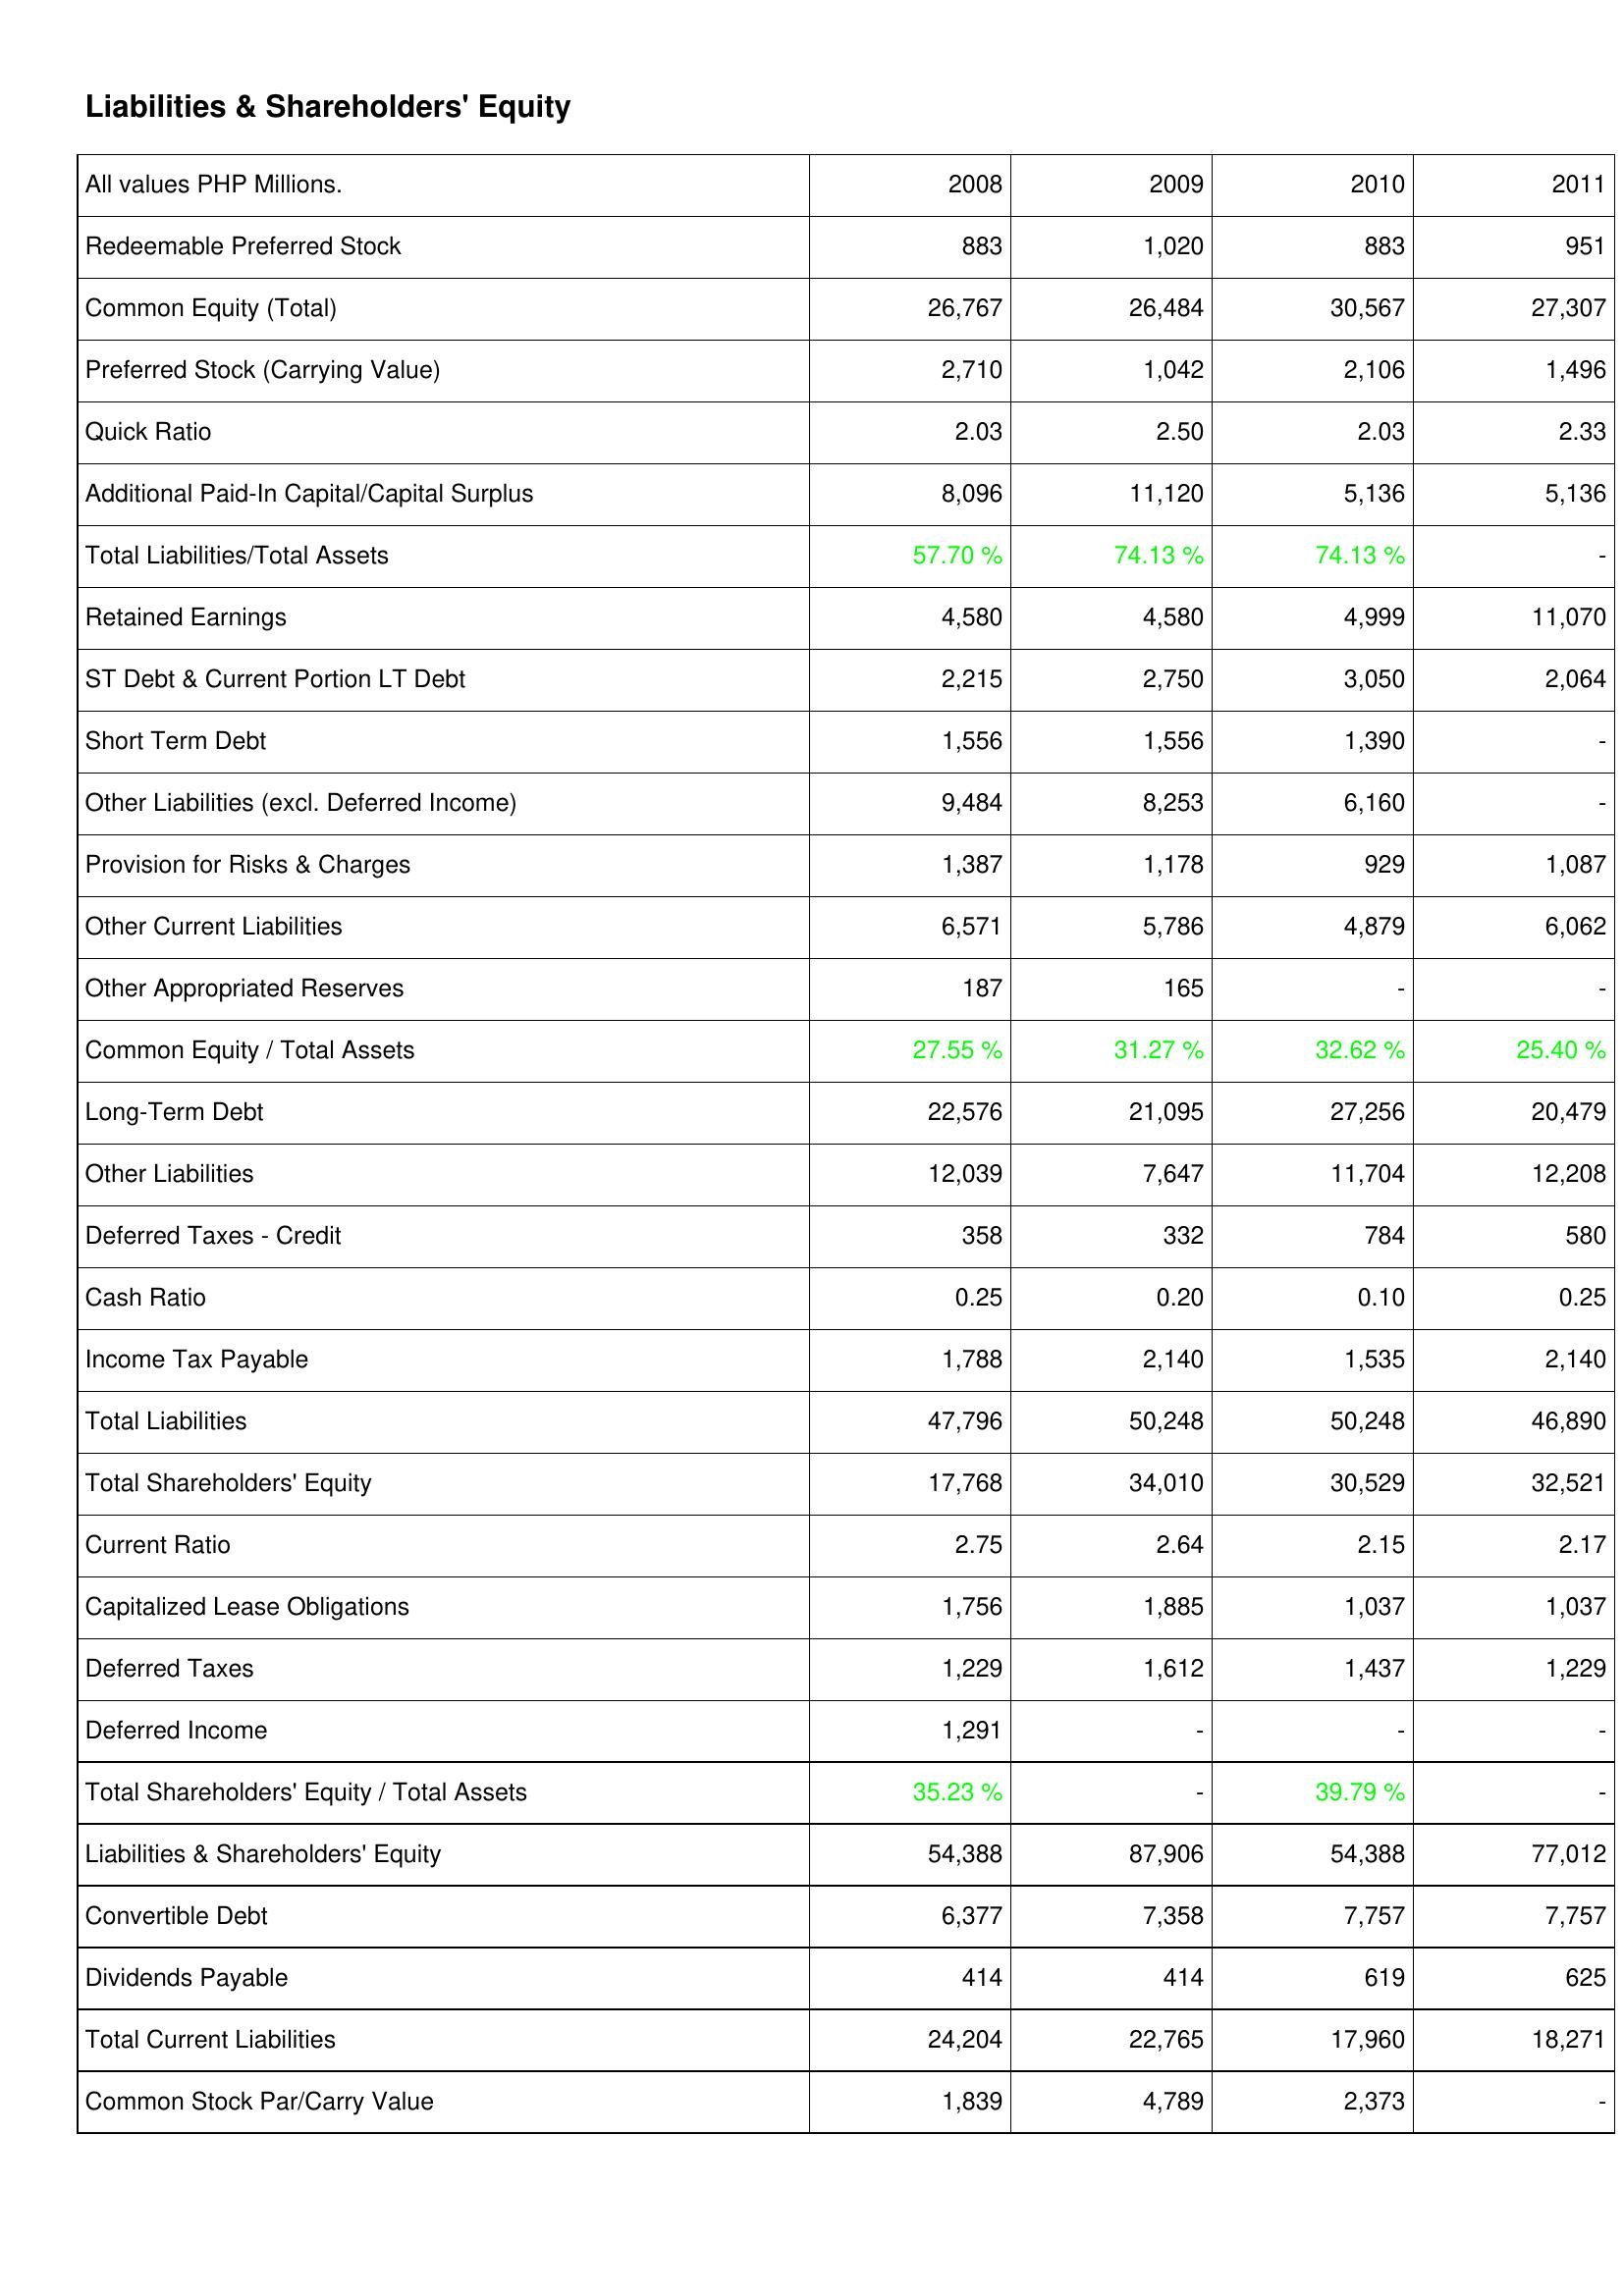
2008: Liabilities & Shareholders' Equity: Redeemable Preferred Stock: 883
Common Equity (Total): 26,767
Preferred Stock (Carrying Value): 2,710
Quick Ratio: 2.03
Additional Paid-In Capital/Capital Surplus: 8,096
Total Liabilities/Total Assets: 57.70 %
Retained Earnings: 4,580
ST Debt & Current Portion LT Debt: 2,215
Short Term Debt: 1,556
Other Liabilities (excl. Deferred Income): 9,484
Provision for Risks & Charges: 1,387
Other Current Liabilities: 6,571
Other Appropriated Reserves: 187
Common Equity / Total Assets: 27.55 %
Long-Term Debt: 22,576
Other Liabilities: 12,039
Deferred Taxes - Credit: 358
Cash Ratio: 0.25
Income Tax Payable: 1,788
Total Liabilities: 47,796
Total Shareholders' Equity: 17,768
Current Ratio: 2.75
Capitalized Lease Obligations: 1,756
Deferred Taxes: 1,229
Deferred Income: 1,291
Total Shareholders' Equity / Total Assets: 35.23 %
Liabilities & Shareholders' Equity: 54,388
Convertible Debt: 6,377
Dividends Payable: 414
Total Current Liabilities: 24,204
Common Stock Par/Carry Value: 1,839
2009: Liabilities & Shareholders' Equity: Redeemable Preferred Stock: 1,020
Common Equity (Total): 26,484
Preferred Stock (Carrying Value): 1,042
Quick Ratio: 2.50
Additional Paid-In Capital/Capital Surplus: 11,120
Total Liabilities/Total Assets: 74.13 %
Retained Earnings: 4,580
ST Debt & Current Portion LT Debt: 2,750
Short Term Debt: 1,556
Other Liabilities (excl. Deferred Income): 8,253
Provision for Risks & Charges: 1,178
Other Current Liabilities: 5,786
Other Appropriated Reserves: 165
Common Equity / Total Assets: 31.27 %
Long-Term Debt: 21,095
Other Liabilities: 7,647
Deferred Taxes - Credit: 332
Cash Ratio: 0.20
Income Tax Payable: 2,140
Total Liabilities: 50,248
Total Shareholders' Equity: 34,010
Current Ratio: 2.64
Capitalized Lease Obligations: 1,885
Deferred Taxes: 1,612
Deferred Income: -
Total Shareholders' Equity / Total Assets: -
Liabilities & Shareholders' Equity: 87,906
Convertible Debt: 7,358
Dividends Payable: 414
Total Current Liabilities: 22,765
Common Stock Par/Carry Value: 4,789
2010: Liabilities & Shareholders' Equity: Redeemable Preferred Stock: 883
Common Equity (Total): 30,567
Preferred Stock (Carrying Value): 2,106
Quick Ratio: 2.03
Additional Paid-In Capital/Capital Surplus: 5,136
Total Liabilities/Total Assets: 74.13 %
Retained Earnings: 4,999
ST Debt & Current Portion LT Debt: 3,050
Short Term Debt: 1,390
Other Liabilities (excl. Deferred Income): 6,160
Provision for Risks & Charges: 929
Other Current Liabilities: 4,879
Other Appropriated Reserves: -
Common Equity / Total Assets: 32.62 %
Long-Term Debt: 27,256
Other Liabilities: 11,704
Deferred Taxes - Credit: 784
Cash Ratio: 0.10
Income Tax Payable: 1,535
Total Liabilities: 50,248
Total Shareholders' Equity: 30,529
Current Ratio: 2.15
Capitalized Lease Obligations: 1,037
Deferred Taxes: 1,437
Deferred Income: -
Total Shareholders' Equity / Total Assets: 39.79 %
Liabilities & Shareholders' Equity: 54,388
Convertible Debt: 7,757
Dividends Payable: 619
Total Current Liabilities: 17,960
Common Stock Par/Carry Value: 2,373
2011: Liabilities & Shareholders' Equity: Redeemable Preferred Stock: 951
Common Equity (Total): 27,307
Preferred Stock (Carrying Value): 1,496
Quick Ratio: 2.33
Additional Paid-In Capital/Capital Surplus: 5,136
Total Liabilities/Total Assets: -
Retained Earnings: 11,070
ST Debt & Current Portion LT Debt: 2,064
Short Term Debt: -
Other Liabilities (excl. Deferred Income): -
Provision for Risks & Charges: 1,087
Other Current Liabilities: 6,062
Other Appropriated Reserves: -
Common Equity / Total Assets: 25.40 %
Long-Term Debt: 20,479
Other Liabilities: 12,208
Deferred Taxes - Credit: 580
Cash Ratio: 0.25
Income Tax Payable: 2,140
Total Liabilities: 46,890
Total Shareholders' Equity: 32,521
Current Ratio: 2.17
Capitalized Lease Obligations: 1,037
Deferred Taxes: 1,229
Deferred Income: -
Total Shareholders' Equity / Total Assets: -
Liabilities & Shareholders' Equity: 77,012
Convertible Debt: 7,757
Dividends Payable: 625
Total Current Liabilities: 18,271
Common Stock Par/Carry Value: -